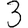
Digit: 3